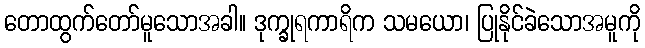
တောထွက်တော်မူသောအခါ။ ဒုက္ခုရကာရိက သမယော၊ ပြုနိုင်ခဲသောအမူကို